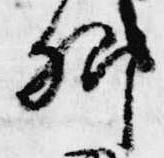
卿